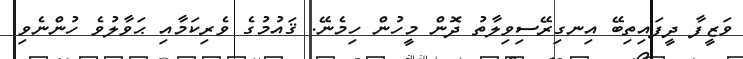
ވަޒީފާ ދީފައިތިބޭ އިނގިރޭސިވިލާތު ދޮން މީހުން ހިމެނޭ. ޤައުމުގެ ވެރިކަމާއި ޙަވާލުވެ ހުންނެވި